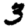
Digit: 3